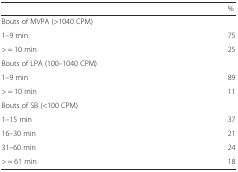
|  | % |
 | --- | --- |
 | Bouts of MVPA (>1040 CPM) |  |
 | 1–9 min | 75 |
 | > = 10 min | 25 |
 | Bouts of LPA (100–1040 CPM) |  |
 | 1–9 min | 89 |
 | > = 10 min | 11 |
 | Bouts of SB (<100 CPM) |  |
 | 1–15 min | 37 |
 | 16–30 min | 21 |
 | 31–60 min | 24 |
 | > = 61 min | 18 |